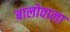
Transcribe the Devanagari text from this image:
बालोवाला